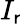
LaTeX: I_{\mathsf{r}}